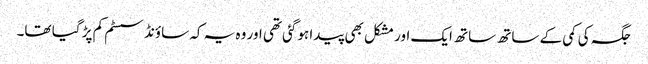
جگہ کی کمی کے ساتھ ساتھ ایک اور مشکل بھی پیدا ہوگئی تھی اور وہ یہ کہ ساؤنڈ سسٹم کم پڑ گیا تھا۔